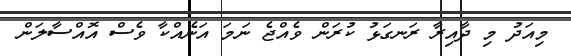
މިއަދު މި ދާއިރާ ރަނގަޅު ކުރަން ވެއްޖެ ނަމަ އަނެއްކާ ވެސް އޮއްސާލަން